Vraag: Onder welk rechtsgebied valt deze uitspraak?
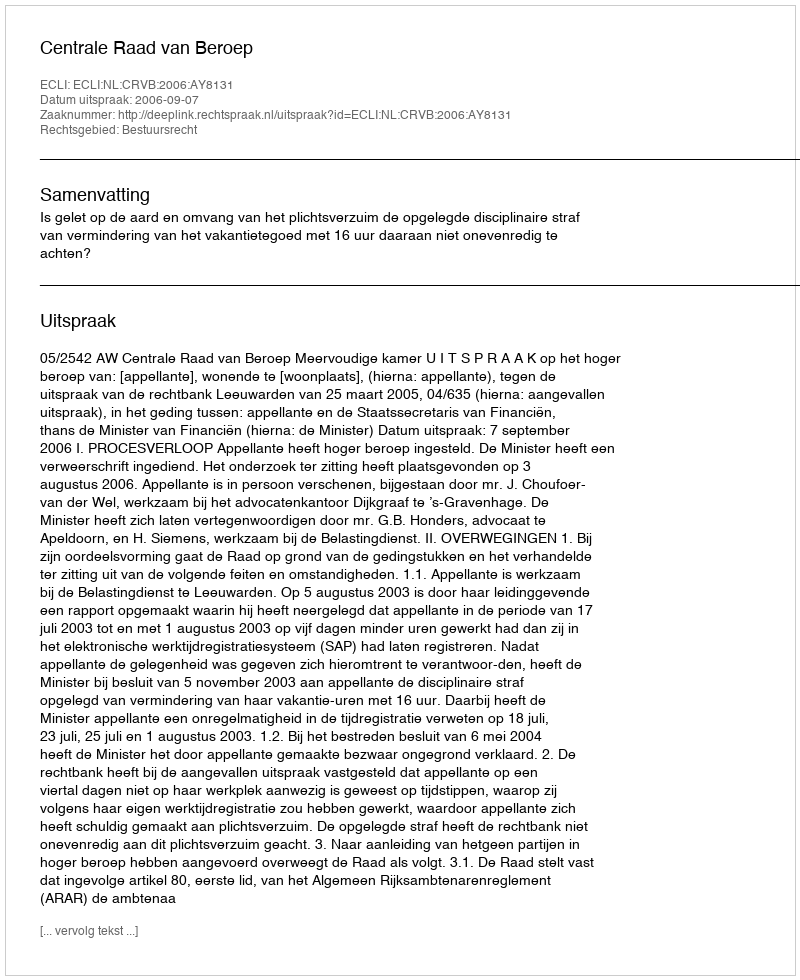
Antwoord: Bestuursrecht